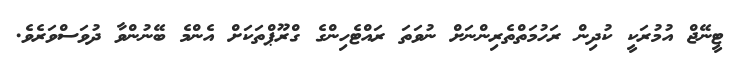
ޓީނޭޖް އުމުރަކީ ކުދިން ރަހުމަތްތެރިންނަށް ނުވަތަ ރައްޓެހިންގެ ގްރޫޕްތަކަށް އެންމެ ބޭނުންވާ ދުވަސްވަރެވެ.